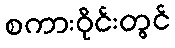
စကားဝိုင်းတွင်